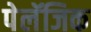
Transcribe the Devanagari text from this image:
पेलॅजिक